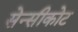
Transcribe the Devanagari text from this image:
सेन्सीकोट